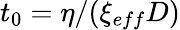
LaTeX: t_{0}=\eta/(\xi_{eff}D)